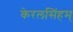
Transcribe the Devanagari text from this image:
केरलसिंहम्